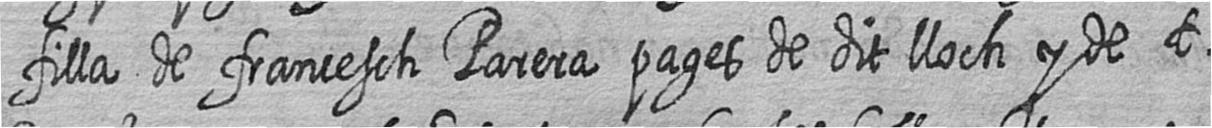
filla de francesch Parera pages de dit lloch y de t